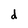
Character: d